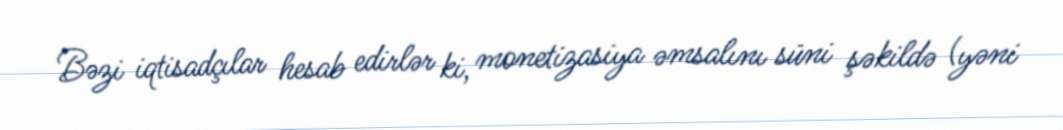
Bəzi iqtisadçılar hesab edirlər ki, monetizasiya əmsalını süni şəkildə (yəni